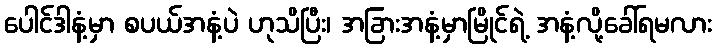
ပေါင်ဒါနံ့မှာ စပယ်အနံ့ပဲ ဟုသိပြီး၊ အခြားအနံ့မှာမြိုင်ရဲ့ အနံ့လို့ခေါ်ရမလား